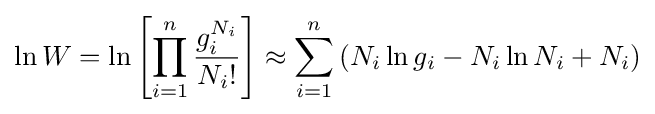
\ln W=\ln \left[\prod _{i=1}^{n}{\frac {g_{i}^{N_{i}}}{N_{i}!}}\right]\approx \sum _{i=1}^{n}\left(N_{i}\ln g_{i}-N_{i}\ln N_{i}+N_{i}\right)